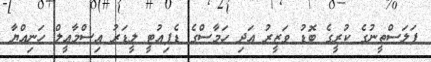
ފަލަސްތީނުގެ ކުރީގެ ބޮޑު ވަޒީރު އަދި ހަމާސްގެ ޑެޕިއުޓީ ލީޑަރު އިސްމާޢީލް ހަނިއްޔާ